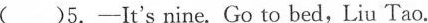
( )5.—It's nine. Go to bed,Liu Tao.